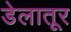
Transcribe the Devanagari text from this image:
डेलातूर